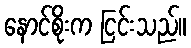
နောင်စိုးက ငြင်းသည်။